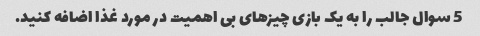
5 سوال جالب را به یک بازی چیزهای بی اهمیت در مورد غذا اضافه کنید.